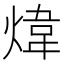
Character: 煒